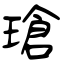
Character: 瑲